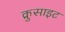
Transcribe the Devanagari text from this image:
क्रुसाइट